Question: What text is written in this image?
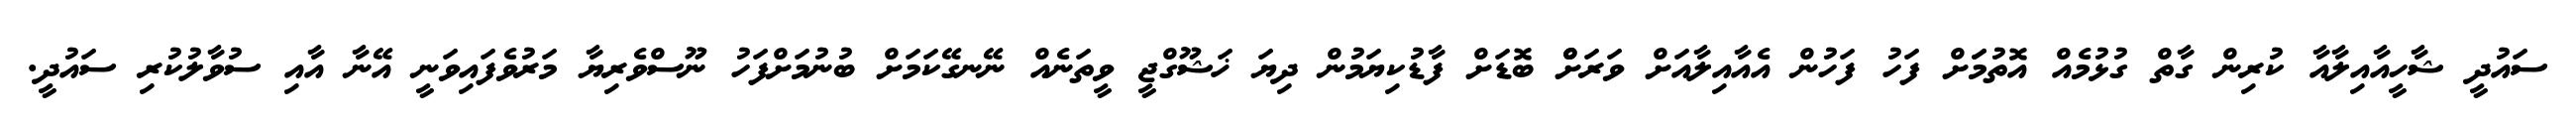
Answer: ސައުދީ ޝާހީއާއިލާއާ ކުރިން ގާތް ގުޅުމެއް އޮތުމަަށް ފަހު ފަހުން އެއާއިލާއަށް ވަރަށްް ބޮޑަށް ފާޑުކިޔަމުން ދިޔަ ޚަޝޫގްޖީ ވީތަނެއް ނޭނގޭކަމަށް ބުނުމަށްފަހު ނޫސްވެރިޔާ މަރުވެފައިވަނީ އޭނާ އާއި ސުވާލުކުރި ސައުދީ.